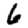
Digit: 6